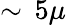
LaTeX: \sim\, 5\mu